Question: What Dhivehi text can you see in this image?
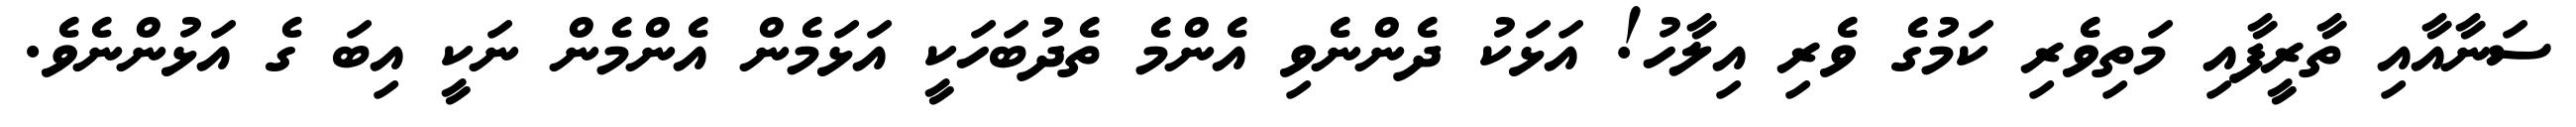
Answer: ސަނާއާއި ތާރީފާއި މަތިވެރި ކަމުގެ ވެރި އިލާހު! އަޅަކު ދެންނެވި އެންމެ ތެދުބަހަކީ އަޅަމެން އެންމެން ނަކީ އިބަ ގެ އަޅުންނެވެ.